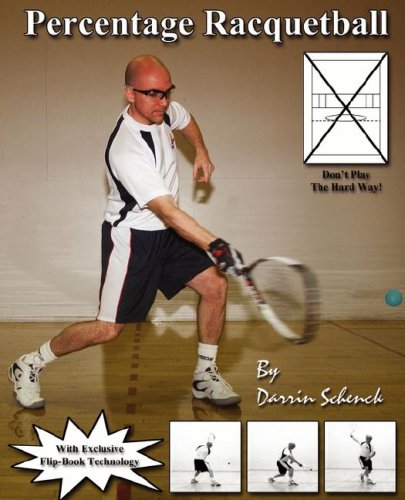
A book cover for Percentage Racquetball; Darrin Schenck; Sports & Outdoors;